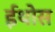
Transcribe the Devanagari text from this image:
ईथोस